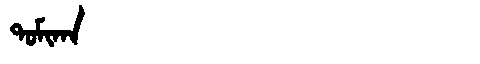
Manchu: ᡨᠣᠮᡳᡴᠠ
Romanization: TOMIKA